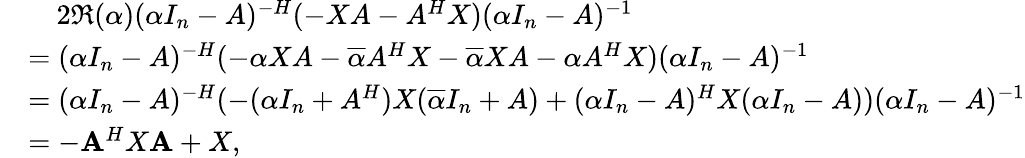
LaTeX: \begin{array}{rl}&{~~~~2\Re(\alpha)(\alpha I_{n}-A)^{-H}(-XA-A^{H}X)(\alpha I_{n}-A)^{-1}}\\ &{=(\alpha I_{n}-A)^{-H}(-\alpha XA-\overline{{\alpha}}A^{H}X-\overline{{\alpha}}XA-\alpha A^{H}X)(\alpha I_{n}-A)^{-1}}\\ &{=(\alpha I_{n}-A)^{-H}(-(\alpha I_{n}+A^{H})X(\overline{{\alpha}}I_{n}+A)+(\alpha I_{n}-A)^{H}X(\alpha I_{n}-A))(\alpha I_{n}-A)^{-1}}\\ &{=-\mathbf{A}^{H}X\mathbf{A}+X,}\end{array}